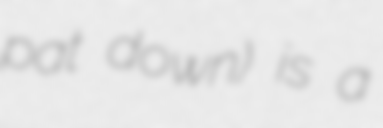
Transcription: pat down) is a